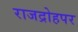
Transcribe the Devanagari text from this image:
राजद्रोहपर